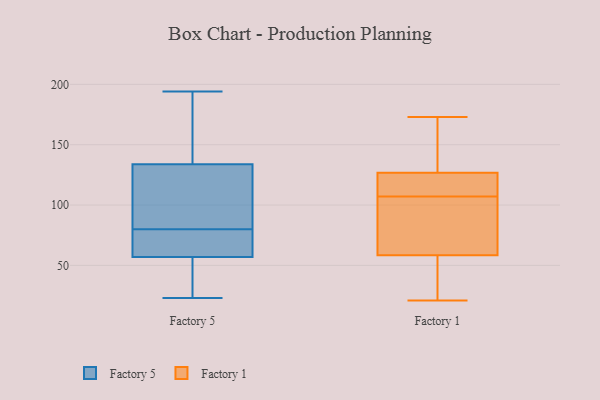
{"axis": {"x": "Latency (ms)", "y": "Value"}, "legend": ["Factory 1", "Factory 5"], "data": [{"x": "", "y": 78, "type": "Factory 5"}, {"x": "", "y": 194, "type": "Factory 5"}, {"x": "", "y": 184, "type": "Factory 5"}, {"x": "", "y": 60, "type": "Factory 5"}, {"x": "", "y": 124, "type": "Factory 5"}, {"x": "", "y": 80, "type": "Factory 5"}, {"x": "", "y": 23, "type": "Factory 5"}, {"x": "", "y": 56, "type": "Factory 5"}, {"x": "", "y": 45, "type": "Factory 5"}, {"x": "", "y": 27, "type": "Factory 5"}, {"x": "", "y": 71, "type": "Factory 5"}, {"x": "", "y": 160, "type": "Factory 5"}, {"x": "", "y": 104, "type": "Factory 5"}, {"x": "", "y": 137, "type": "Factory 5"}, {"x": "", "y": 100, "type": "Factory 5"}, {"x": "", "y": 102, "type": "Factory 1"}, {"x": "", "y": 21, "type": "Factory 1"}, {"x": "", "y": 123, "type": "Factory 1"}, {"x": "", "y": 61, "type": "Factory 1"}, {"x": "", "y": 117, "type": "Factory 1"}, {"x": "", "y": 96, "type": "Factory 1"}, {"x": "", "y": 35, "type": "Factory 1"}, {"x": "", "y": 170, "type": "Factory 1"}, {"x": "", "y": 110, "type": "Factory 1"}, {"x": "", "y": 138, "type": "Factory 1"}, {"x": "", "y": 173, "type": "Factory 1"}, {"x": "", "y": 51, "type": "Factory 1"}, {"x": "", "y": 107, "type": "Factory 1"}]}